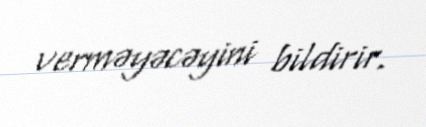
verməyəcəyini bildirir.